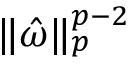
\| \hat { \omega } \| _ { p } ^ { p - 2 }